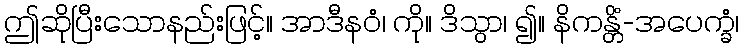
ဤဆိုပြီးသောနည်းဖြင့်။ အာဒီနဝံ၊ ကို။ ဒိသွာ၊ ၍။ နိကန္တိံ-အပေက္ခံ၊